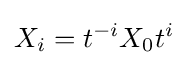
X_{i}=t^{-i}X_{0}t^{i}